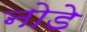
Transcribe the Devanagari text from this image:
नोडे